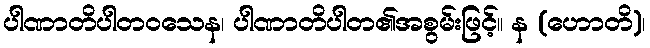
ပါဏာတိပါတဝသေန၊ ပါဏာတိပါတ၏အစွမ်းဖြင့်။ န (ဟောတိ)၊